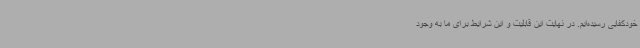
خودکفایی رسیده‌ایم. در نهایت این قابلیت و این شرایط برای ما به وجود